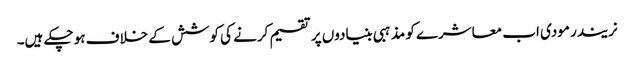
نریندر مودی اب معاشرے کو مذہبی بنیادوں پر تقسیم کرنے کی کوشش کے خلاف ہو چکے ہیں۔